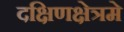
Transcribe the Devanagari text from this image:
दक्षिणक्षेत्रमे